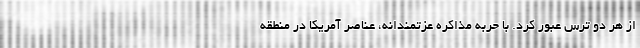
از هر دو ترس عبور کرد. با حربه مذاکره عزتمندانه، عناصر آمریکا در منطقه